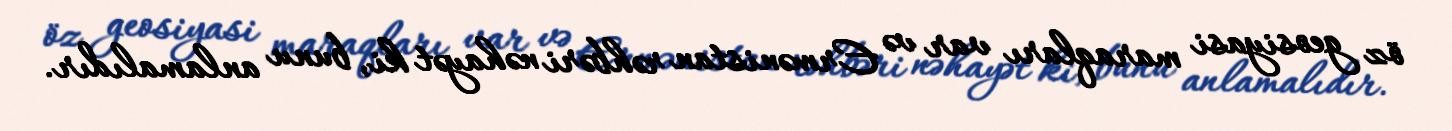
öz geosiyasi maraqları var və Ermənistan rəhbəri nəhayət ki, bunu anlamalıdır.